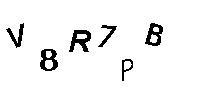
V8R7PB